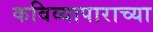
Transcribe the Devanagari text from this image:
कविव्यापाराच्या